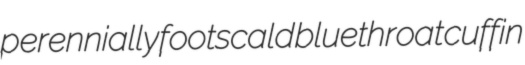
perennially footscald bluethroat cuffin